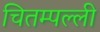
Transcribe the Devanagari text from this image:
चितम्पल्ली